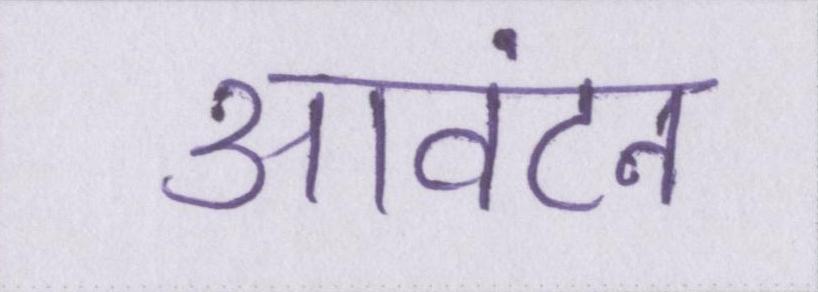
आवंटन